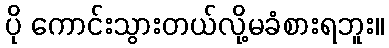
ပို ကောင်းသွားတယ်လို့မခံစားရဘူး။